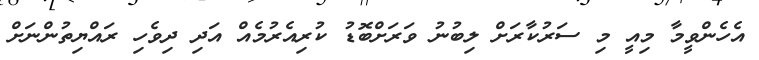
އެހެންވީމާ މިއީ މި ސަރުކާރަށް ލިބުނު ވަރަށްބޮޑު ކުރިއެރުމެއް އަދި ދިވެހި ރައްޔިތުންނަށް